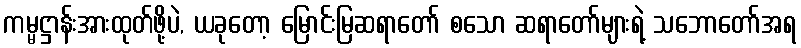
ကမ္မဋ္ဌာန်းအားထုတ်ဖို့ပဲ, ယခုတော့ မြောင်းမြဆရာတော် စသော ဆရာတော်များရဲ့ သဘောတော်အရ